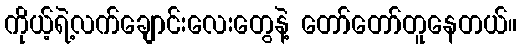
ကိုယ့်ရဲ့လက်ချောင်းလေးတွေနဲ့ တော်တော်တူနေတယ်။